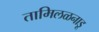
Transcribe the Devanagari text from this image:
तामिलळनाडू